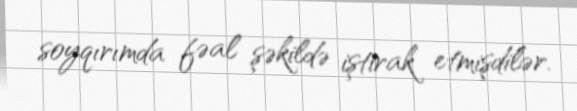
soyqırımda fəal şəkildə iştirak etmişdilər.